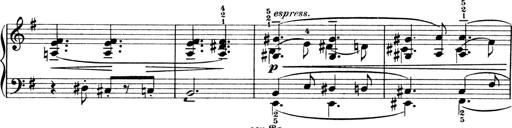
Title: 4 Sonatines
Composer: Max Reger